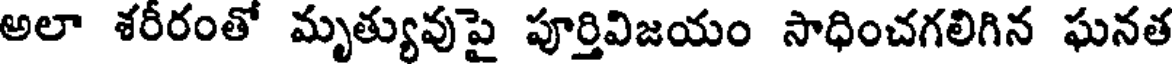
అలా శరీరంతో మృత్యువుపై పూర్తివిజయం సాధించగలిగిన ఘనత